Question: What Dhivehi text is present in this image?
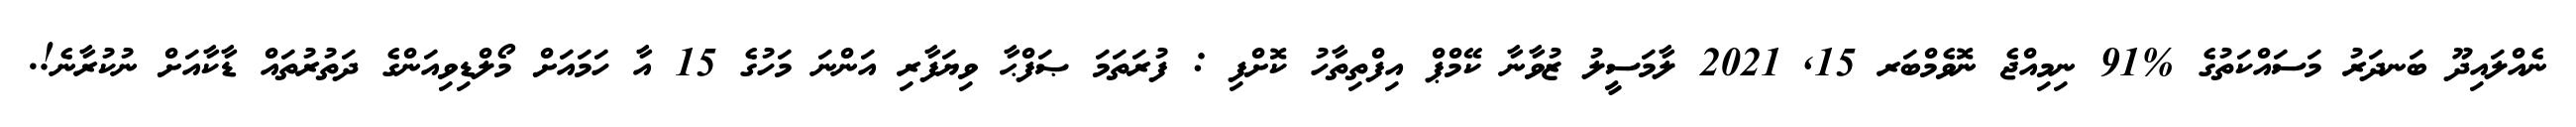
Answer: ނެއްލައިދޫ ބަނދަރު މަސައްކަތުގެ %91 ނިމިއްޖެ ނޮވެމްބަރ 15, 2021 ލާމަސީލު ޒުވާނާ ކޭމްޕް އިފްތިތާހު ކޮށްފި : ފުރަތަމަ ޞަފްޙާ ވިޔަފާރި އަންނަ މަހުގެ 15 އާ ހަމައަށް މޯލްޑިވިއަންގެ ދަތުރުތައް ޑާކާއަށް ނުކުރާނެ!.